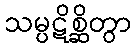
သမ္ပဋိစ္ဆိတွာ